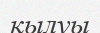
қылуы